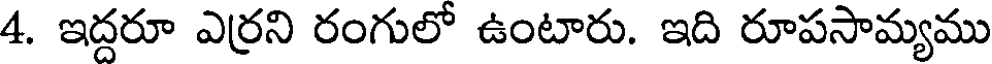
4. ఇద్దరూ ఎర్రని రంగులో ఉంటారు. ఇది రూపసామ్యము